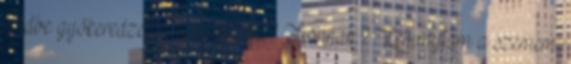
földbe gyökeredzett a lábam. Mi? Honnan.? Lehunytam a szemem,